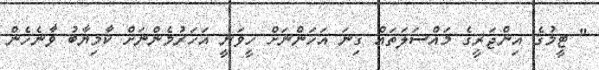
" ޓީމުގެ އިންޖަރީގެ މައްސަލަތައް ގިނަ އަހަންނަށް ހީވަނީ އަހަރުމެންނަށް ކާމިޔާބު ވާނެހެން